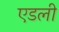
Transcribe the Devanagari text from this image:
एडली